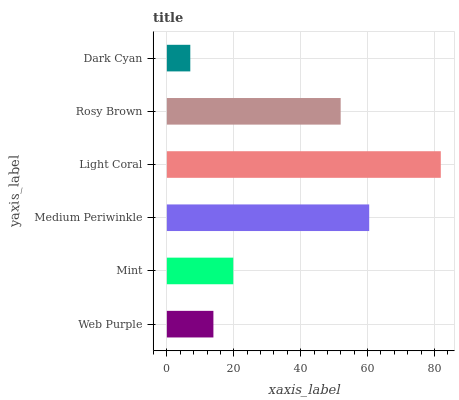
| yaxis_label | bars |
 | --- | --- |
 | Web Purple | 13.9 |
 | Mint | 19.8 |
 | Medium Periwinkle | 60.5 |
 | Light Coral | 81.9 |
 | Rosy Brown | 52 |
 | Dark Cyan | 7.01 |